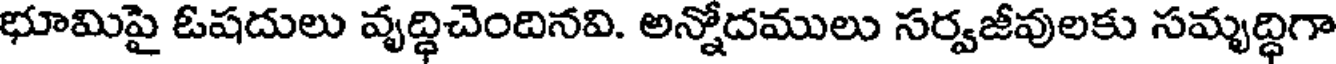
భూమిపై ఓషదులు వృద్ధిచెందినవి. అన్నోదములు సర్వజీవులకు సమృద్ధిగా